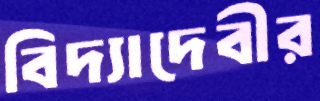
বিদ্যাদেবীর